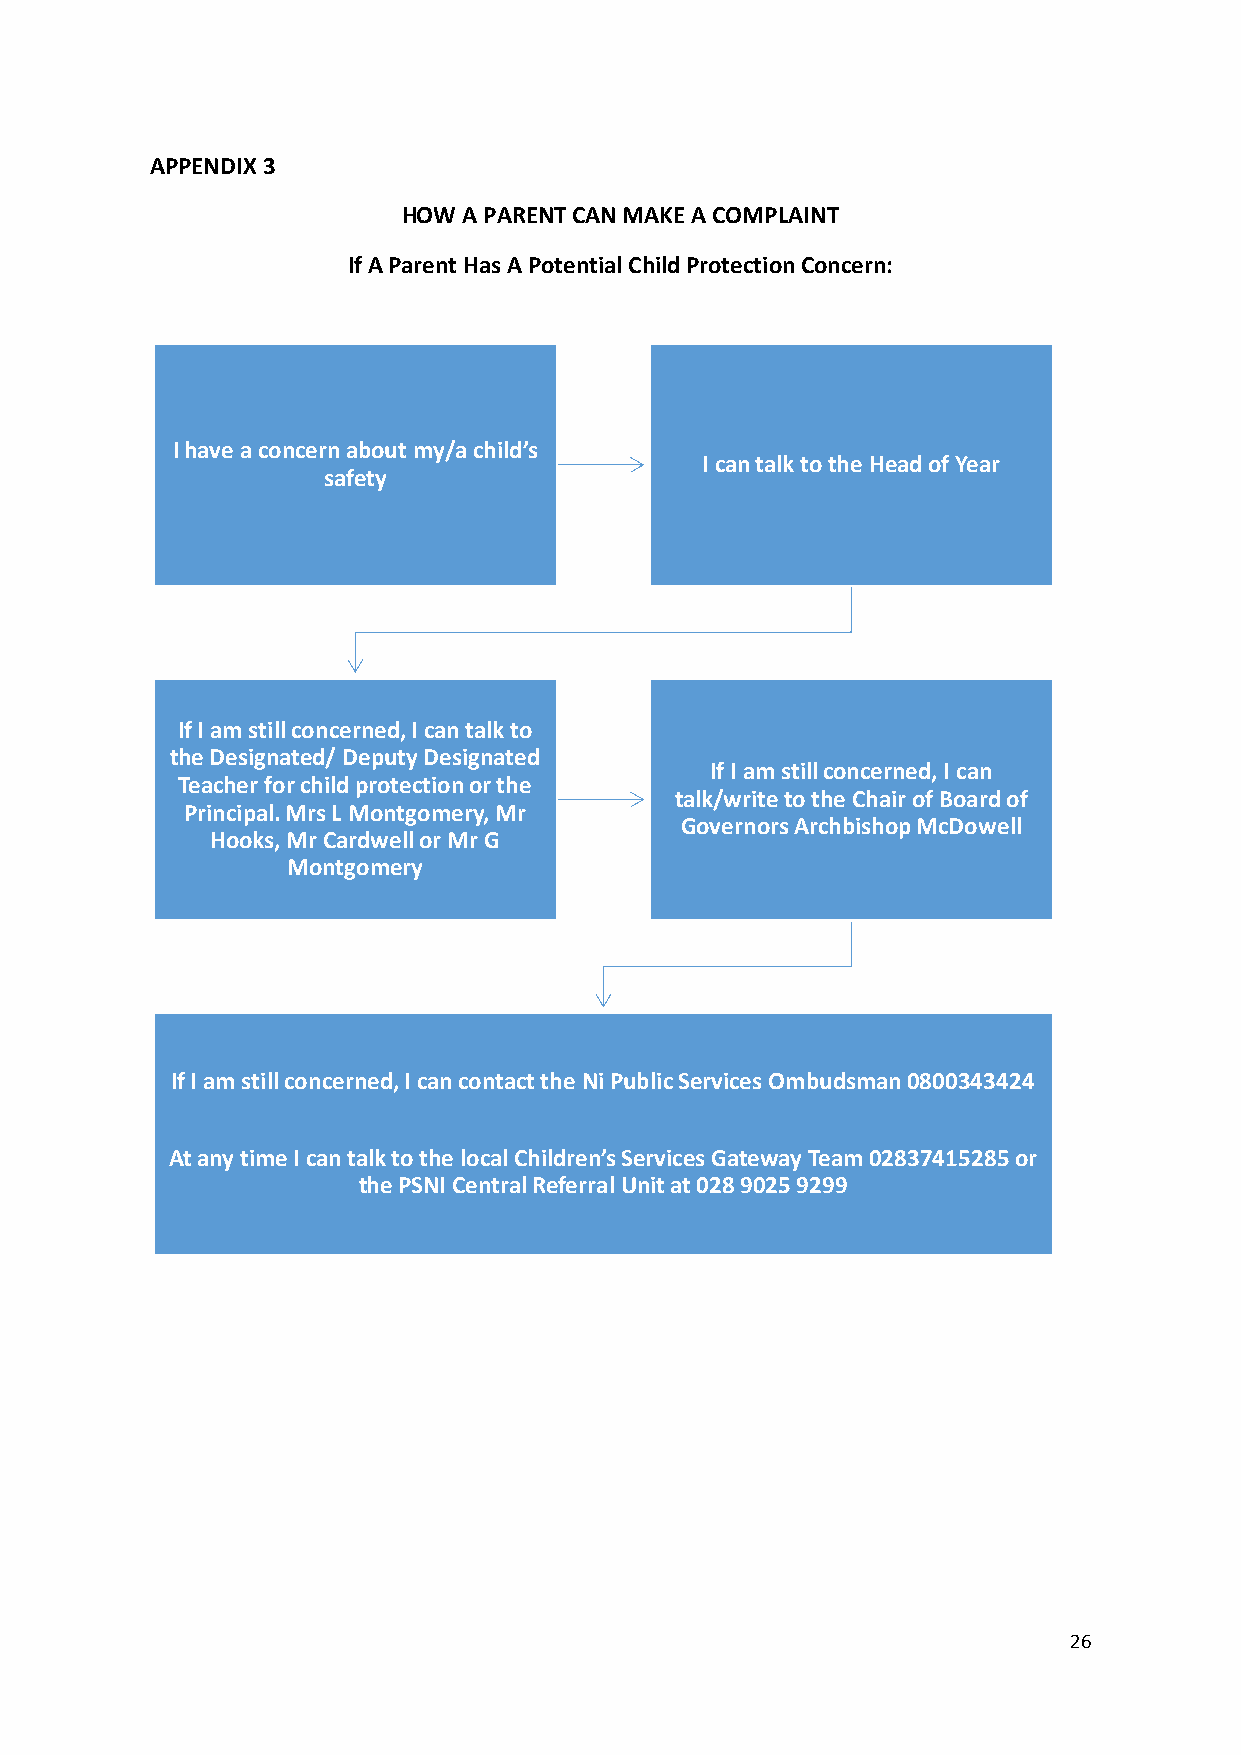
APPENDIX 3
 HOW A PARENT CAN MAKE A COMPLAINT
 If A Parent Has A Potential Child Protection Concern:
 I have a concern about my/a child’s
 I can talk to the Head of Year
 safety
 If I am still concerned, I can talk to
 the Designated/ Deputy Designated
 If I am still concerned, I can
 Teacher for child protection or the
 talk/write to the Chair of Board of
 Principal. Mrs L Montgomery, Mr
 Governors Archbishop McDowell
 Hooks, Mr Cardwell or Mr G
 Montgomery
 If I am still concerned, I can contact the Ni Public Services Ombudsman 0800343424
 At any time I can talk to the local Children’s Services Gateway Team 02837415285 or
 the PSNI Central Referral Unit at 028 9025 9299
 26